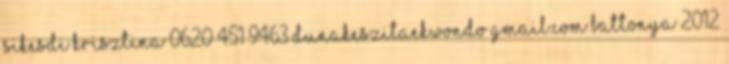
Sikesdi Krisztina 0620 451 9463 dunakeszitaekwondo gmail.com Battonya 2012